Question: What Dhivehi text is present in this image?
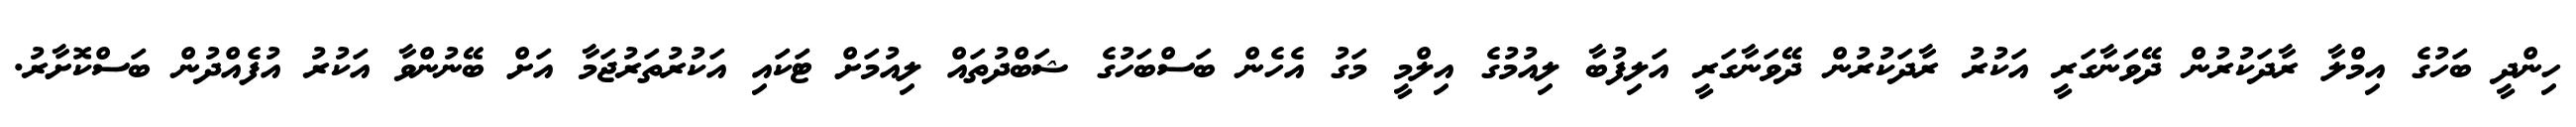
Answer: ހިންދީ ބަހުގެ އިމްލާ ރާދަކުރުން ދޭވަނާގަރީ އަކުރު ރާދަކުރުން ދޭވަނާގަރީ އަލިފުބާ ލިއުމުގެ އިލްމީ މަގު އެހެން ބަސްބަހުގެ ޝަބްދުތައް ލިއުމަށް ޓަކައި އަކުރުތަރުޖަމާ އަށް ބޭނުންވާ އަކުރު އުފެއްދުން ބަސްކޮށާރު.